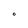
Character: O